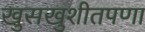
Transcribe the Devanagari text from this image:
खुसखुशीतपणा